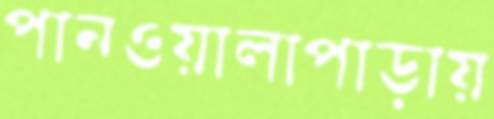
পানওয়ালাপাড়ায়